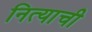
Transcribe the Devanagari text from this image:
नित्याची